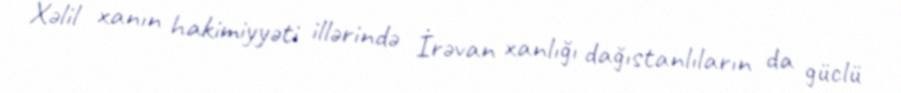
Xəlil xanın hakimiyyəti illərində İrəvan xanlığı dağıstanlıların da güclü